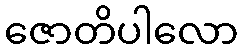
ဇောတိပါလော